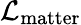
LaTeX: {\mathcal{L}}_{\mathrm{matter}}